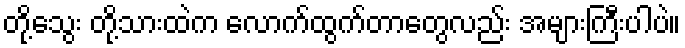
တို့သွေး တို့သားထဲက လောက်ထွက်တာတွေလည်း အများကြီးပါပဲ။